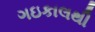
ગઇકાલથી